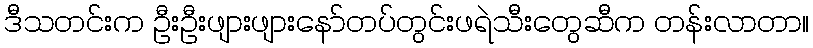
ဒီသတင်းက ဦးဦးဖျားဖျားနော်တပ်တွင်းဖရဲသီးတွေဆီက တန်းလာတာ။